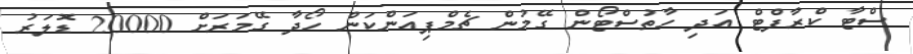
ސްޓާ ކްރާފްޓް އަދި ހާތުސްޓޯން ގޭމުން ޗެމްޕިއަންކަން ހޯދާ ގޭމަރަށް 20000 ޑޮލަރު